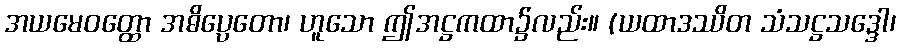
အယမေဝတ္ထော အဓိပ္ပေတော၊ ဟူသော ဤအဋ္ဌကထာ၌လည်း။ (ယထာဒဿိတ သံသဋ္ဌသဒ္ဒေါ၊